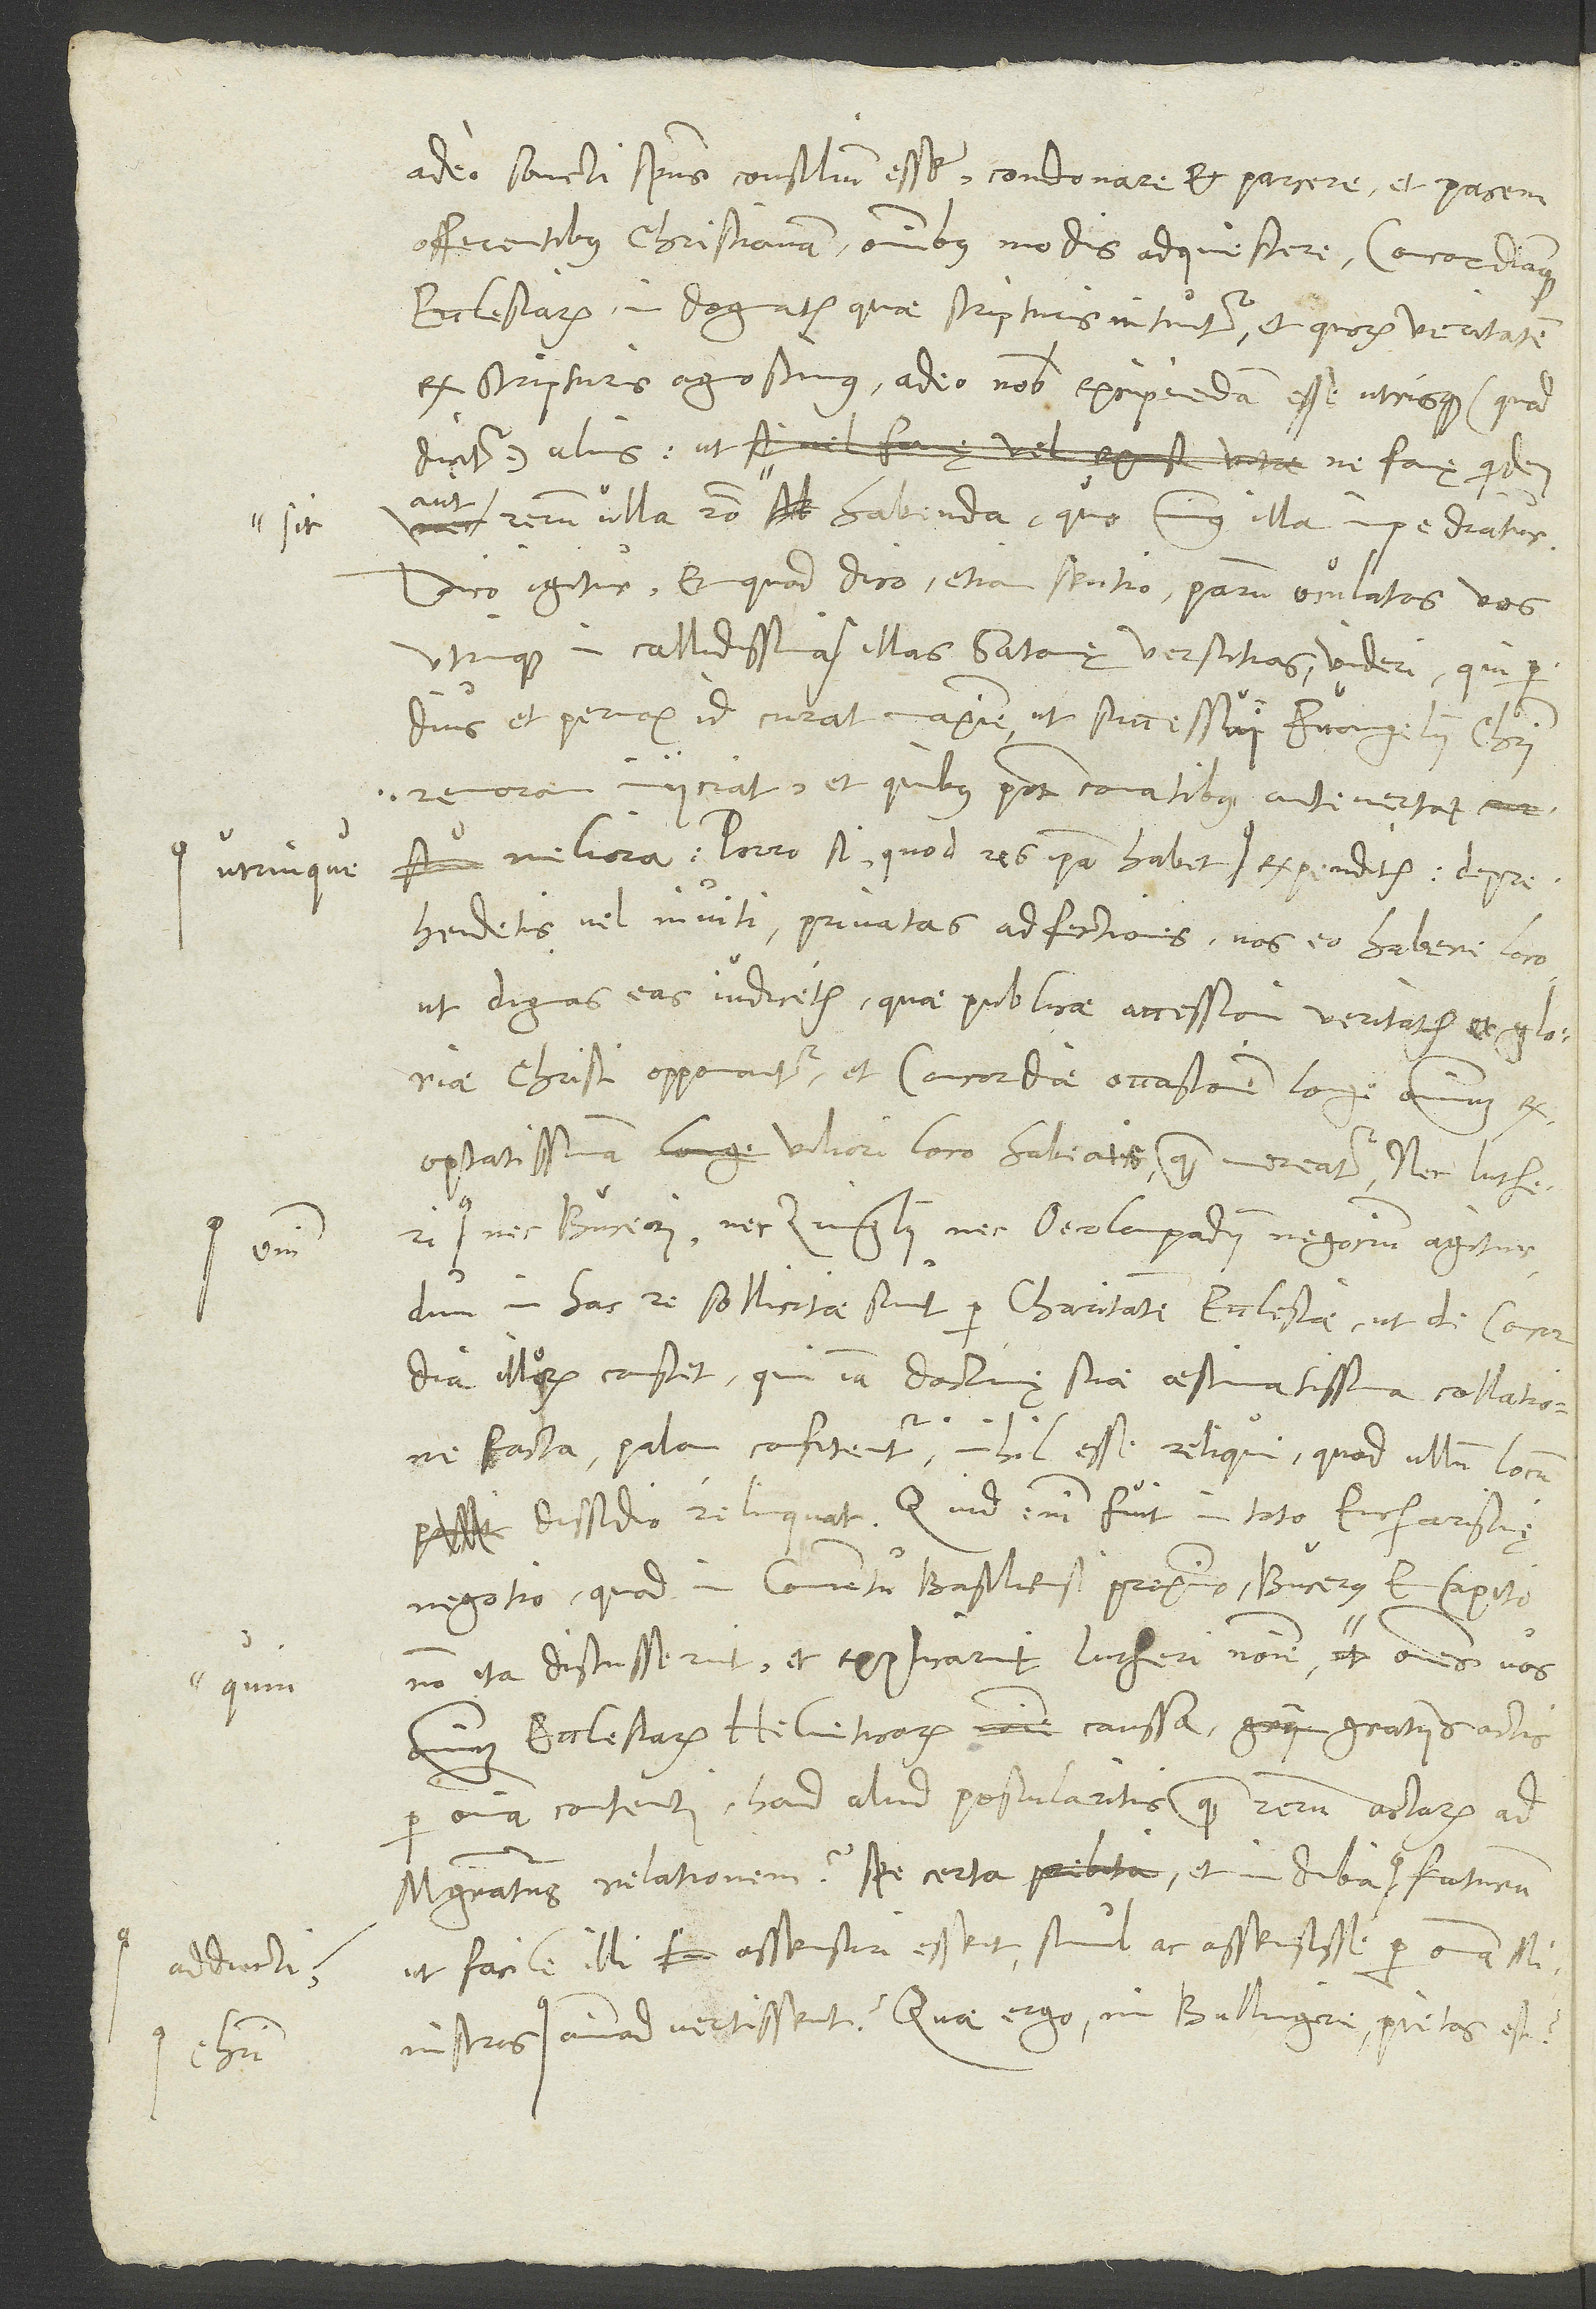
adducti

adeo sancti spiritus consilium esse condonare et parcere et pacem
offerentibus christianam omnibus modis adquiescere, concordiamque
ecclesiarum in dogmatis, quae scripturis nituntur et quorum veritatem
ex scripturis agnoscimus, adeo nobis excipiendam esse utrisque (quod
dicitur) ulnis, ut ne famę quidem
aut rerum ulla ratio sit habenda, quo minus illa impediatur.
Dico igitur - et quod dico, etiam sentio - parum oculatos vos
et pernox id curat maxime, ut successui evangelii Christi
remoram iniiciat et, quibus potest conatibus, antevertat
ut dignas eas iudicetis, quae publicae accessioni veritatis et gloriae
Christi opponantur, et concordiae occasionem, longe omnium
exoptatissimam, viliori loco habeatis, quam mereatur. Nec Lutheri
nec Buceri nec Zvinglii nec Oecolampadii negocium agitur,
dum in hac re sollicitae sunt per charitatem ecclesiae, ut de concordia
illorum constet, qui iam doctrinę suae aestimatissima collatione
facta palam confitentur nihil esse reliqui, quod ullum locum
dissidio relinquat. Quid enim fuit in toto eucharistię
negotio, quod in conventu Basiliensi proximo Bucerus et Capito
non ita discusserint et explicarint Lutheri nomine, quin omnes vos
omnium ecclesiarum Helveticarum caussa gratiis actis
per omnia contenti haud aliud postularitis quam rerum actarum ad
magistratus relationem spe certa et indubia ut
facile illi assensuri essent, simul ac assensisse per omnia
ministros animadvertissent? Quae ergo, mi Bullingere, pietas est,